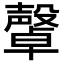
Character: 𣫜